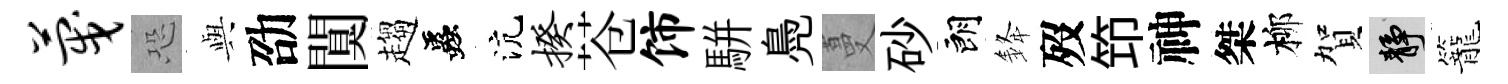
蔑恐𫤰劭闃趨蟲沆揆苍饰駢鳧蔓砂朗𨦟歿笻神桀柳賀靜籠